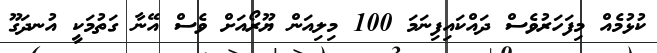
ކުޅުމެއް މިފަހަރުވެސް ދައްކައިފިނަމަ 100 މިލިއަން ޔޫރޯއަށް ވެސް އޭނާ ގަތުމަކީ އުނދަގޫ